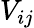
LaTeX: V_{ij}